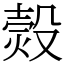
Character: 㷤